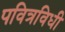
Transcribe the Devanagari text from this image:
पवित्रविधी